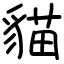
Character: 貓